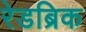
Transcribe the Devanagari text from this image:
रेडब्रिक